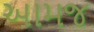
આમજ